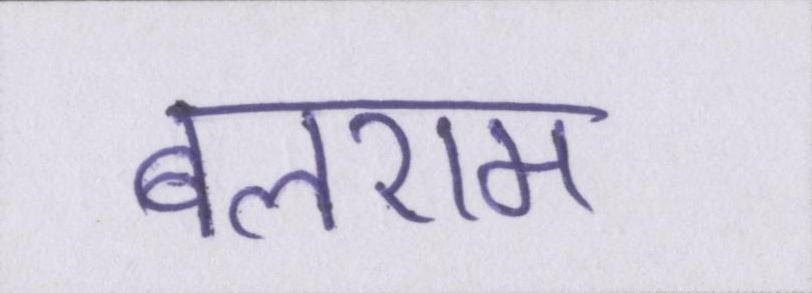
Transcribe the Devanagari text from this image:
बलराम